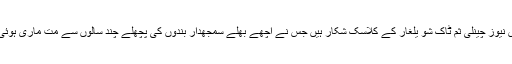
وہ اس نیوز چینلی ثم ٹاک شو یلغار کے کلاسک شکار ہیں جس نے اچھے بھلے سمجھدار بندوں کی پچھلے چند سالوں سے مت ماری ہوئی ہے۔